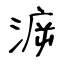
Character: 㴑